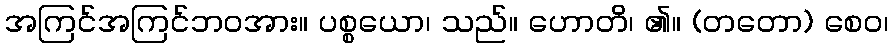
အကြင်အကြင်ဘဝအား။ ပစ္စယော၊ သည်။ ဟောတိ၊ ၏။ (တတော) စေဝ၊